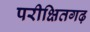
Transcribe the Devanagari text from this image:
परीक्षितगढ़